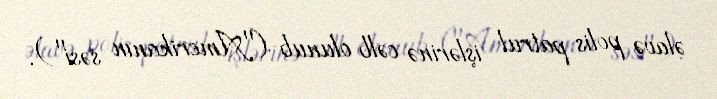
əlavə polis patrul işlərinə cəlb olunub ("Amerikanın səsi").